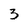
Character: 3